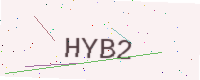
Text: HYB2